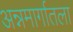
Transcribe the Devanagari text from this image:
अन्नमार्गातला